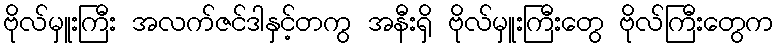
ဗိုလ်မှူးကြီး အလက်ဇင်ဒါနှင့်တကွ အနီးရှိ ဗိုလ်မှူးကြီးတွေ ဗိုလ်ကြီးတွေက